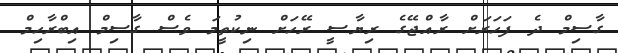
ގާސިމް ދެ ފަހަރަށް ރާއްޖޭގެ ރިޔާސީ ރޭހަށް ނިކުތީމަ ވެސް ގާސިމް އިބްރާހިމް